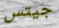
جيتس